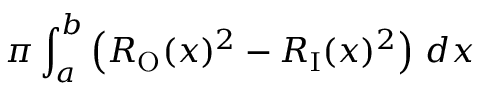
\pi \int _ { a } ^ { b } \left( R _ { \mathrm { O } } ( x ) ^ { 2 } - R _ { \mathrm { I } } ( x ) ^ { 2 } \right) \, d x